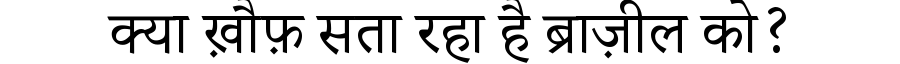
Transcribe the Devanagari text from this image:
क्या ख़ौफ़ सता रहा है ब्राज़ील को?